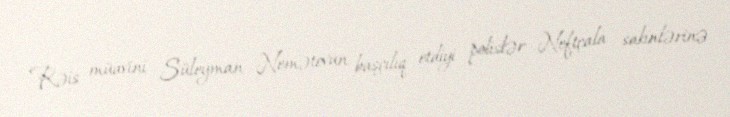
Rəis müavini Süleyman Nemətovun başçılıq etdiyi polislər Neftçala sakinlərinə